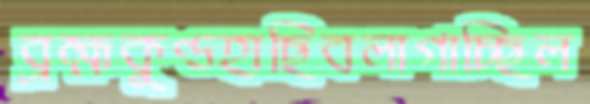
ব্রহ্মকুণ্ডহাছিবলাগাচ্ছিল